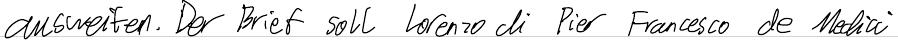
ausweiten. Der Brief soll Lorenzo di Pier Francesco de Medici